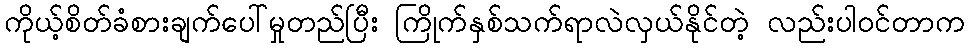
ကိုယ့်စိတ်ခံစားချက်ပေါ်မှုတည်ပြီး ကြိုက်နှစ်သက်ရာလဲလှယ်နိုင်တဲ့ လည်းပါဝင်တာက